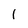
Character: I